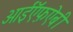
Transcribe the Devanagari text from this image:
आईऍफ़ऐबी